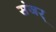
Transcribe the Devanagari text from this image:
संजर्